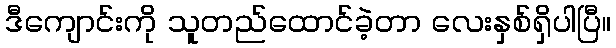
ဒီကျောင်းကို သူတည်ထောင်ခဲ့တာ လေးနှစ်ရှိပါပြီ။